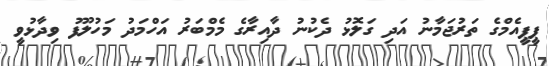
ޕީޕީއެމްގެ ތަރުޖަމާނު އަދި ގަލޮޅު ދެކުނު ދާއިރާގެ މެމްބަރު އަހްމަދު މަހުލޫފު ވިދާޅުވީ